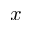
x